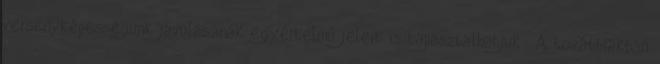
versenyképességünk javulásának egyértelmű jeleit is tapasztalhatjuk . A továbbiakban